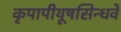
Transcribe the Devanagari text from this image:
कृपापीयूषसिन्धवे